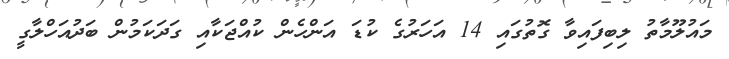
މައުލޫމާތު ލިބިފައިވާ ގޮތުގައި 14 އަހަރުގެ ކުޑަ އަންހެން ކުއްޖަކާއި ގަދަކަމުން ބަދުއަހްލާގީ